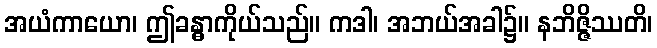
အယံကာယော၊ ဤခန္ဓာကိုယ်သည်။ ကဒါ၊ အဘယ်အခါ၌။ နဘိဇ္ဇိဿတိ၊